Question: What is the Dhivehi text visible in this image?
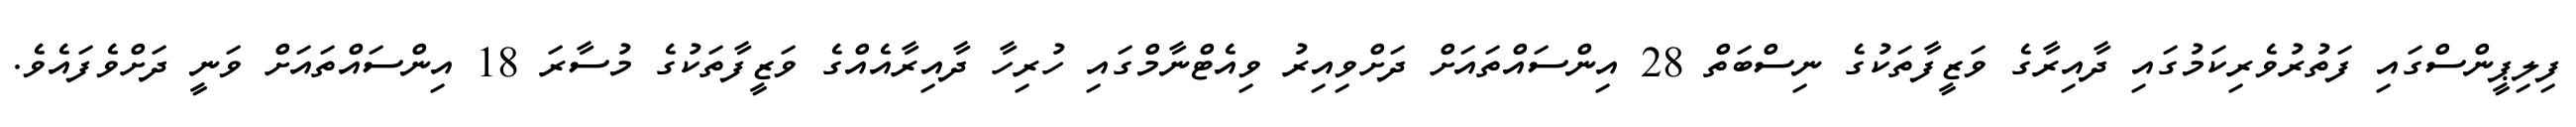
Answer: ފިލިޕީންސްގައި ފަތުރުވެރިކަމުގައި ދާއިރާގެ ވަޒީފާތަކުގެ ނިސްބަތް 28 އިންސައްތައަށް ދަށްވިއިރު ވިއެޓްނާމްގައި ހުރިހާ ދާއިރާއެއްގެ ވަޒީފާތަކުގެ މުސާރަ 18 އިންސައްތައަށް ވަނީ ދަށްވެފައެވެ.